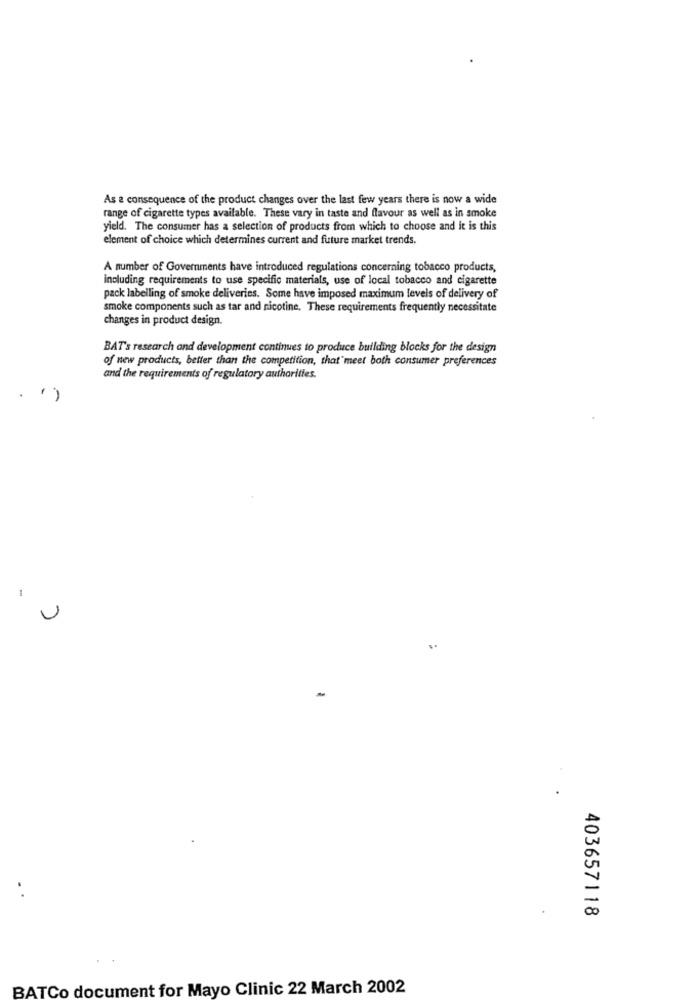
As a consequence of the product changes over the last few years there is now a wide
range of cigarette types available. These vary in taste and flavour as well as in smoke
yield. The consumer has a selection of products from which to choose and it is this
element of choice which determines current and future market trends.
A number of Governments have introduced regulations concerning tobacco products,
including requirements to use specific materials, use of local tobacco and cigarette
pack labelling of smoke deliveries. Some have imposed maximum levels of delivery of
smoke components such as tar and nicotine. These requirements frequently necessitate
changes in product design.
BAT's research and development continues to produce building blocks for the design
of new products, better than the competition, that"meet both consumer preferences
and the requirements of regulatory authorities.
.")
U
-
.
403657118
BATCo document for Mayo Clinic 22 March 2002